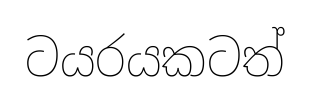
ටයරයකටත්